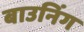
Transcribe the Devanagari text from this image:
बाउनिंग